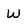
Character: W